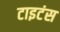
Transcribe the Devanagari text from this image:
टाइटंस